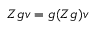
Z g v = g ( Z g ) v